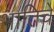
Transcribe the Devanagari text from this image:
भातिचे